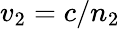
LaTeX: v_{2}=c/n_{2}